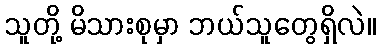
သူတို့ မိသားစုမှာ ဘယ်သူတွေရှိလဲ။